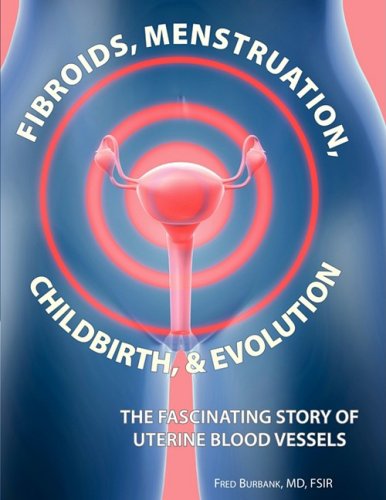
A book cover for Fibroids, Menstruation, Childbirth, and Evolution: The Fascinating Story of Uterine Blood Vessels; Fred Burbank; Health, Fitness & Dieting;